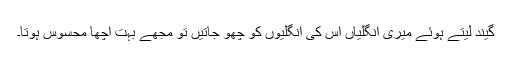
گیند لیتے ہوئے میری انگلیاں اس کی انگلیوں کو چھو جاتیں تو مجھے بہت اچھا محسوس ہوتا۔